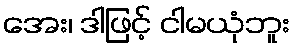
အေး၊ ဒါဖြင့် ငါမယုံဘူး